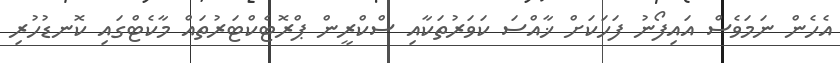
އެހެން ނަމަވެސް އައިފޯނު ފަހަކަށް ޚާއްސަ ކަވަރުތަކާއި ސްކްރީން ޕްރޮޓެކްޓަރުތައް މާކެޓްގައި ކޮނޑުހުރި